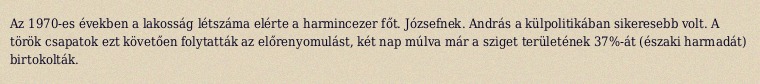
Az 1970-es években a lakosság létszáma elérte a harmincezer főt. Józsefnek. András a külpolitikában sikeresebb volt. A török csapatok ezt követően folytatták az előrenyomulást, két nap múlva már a sziget területének 37%-át (északi harmadát) birtokolták.